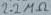
Text: 2.2 MΩ